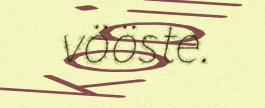
vööste.